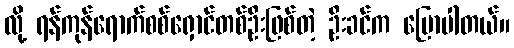
လို့ ရန်ကုန်ရောက်စစ်ရှောင်တစ်ဦးဖြစ်တဲ့ ဦးခင်က ပြောပါတယ်။